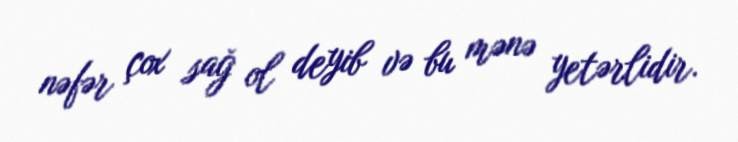
nəfər çox sağ ol deyib və bu mənə yetərlidir.